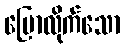
ပြောလိုက်သော